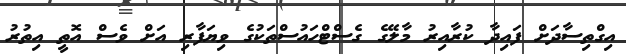
އިގްތިސާދަށް ފައިދާ ކުރާއިރު މާލޭގެ ގެސްޓްހައުސްތަކުގެ ވިޔަފާރި އަށް ވެސް އޮތީ އިތުރު